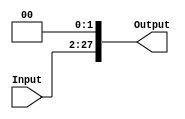
module Shift_Left_Two_28bit(output [27:0] Output,input[25:0] Input);
  assign Output={Input,2'b00};
endmodule